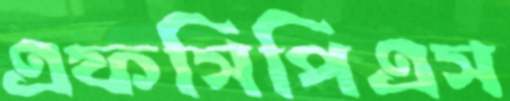
এফসিপিএস